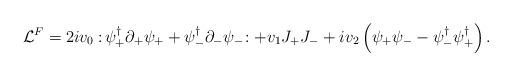
LaTeX: \begin{align*}{\cal L}^F = 2iv_0:\!\psi_+^{\dagger}\partial_+\psi_+ + \psi_-^{\dagger}\partial_-\psi_-\!:+v_1J_+J_- + iv_2 \left( \psi_+\psi_--\psi_-^{\dagger}\psi_+^{\dagger} \right).\end{align*}